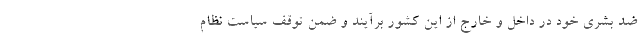
ضد بشری خود در داخل و خارج از این کشور برآیند و ضمن توقف سیاست نظام